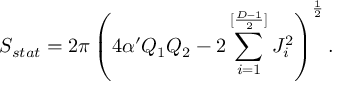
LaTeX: S _ { s t a t } = 2 \pi \left( 4 \alpha ^ { \prime } Q _ { 1 } Q _ { 2 } - 2 \sum _ { i = 1 } ^ { [ { \frac { D - 1 } { 2 } } ] } J _ { i } ^ { 2 } \right) ^ { \frac { 1 } { 2 } } .